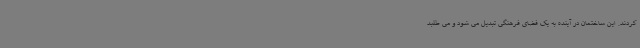
کردند. این ساختمان در آینده به یک فضای فرهنگی تبدیل می شود و می طلبد